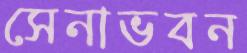
সেনাভবন